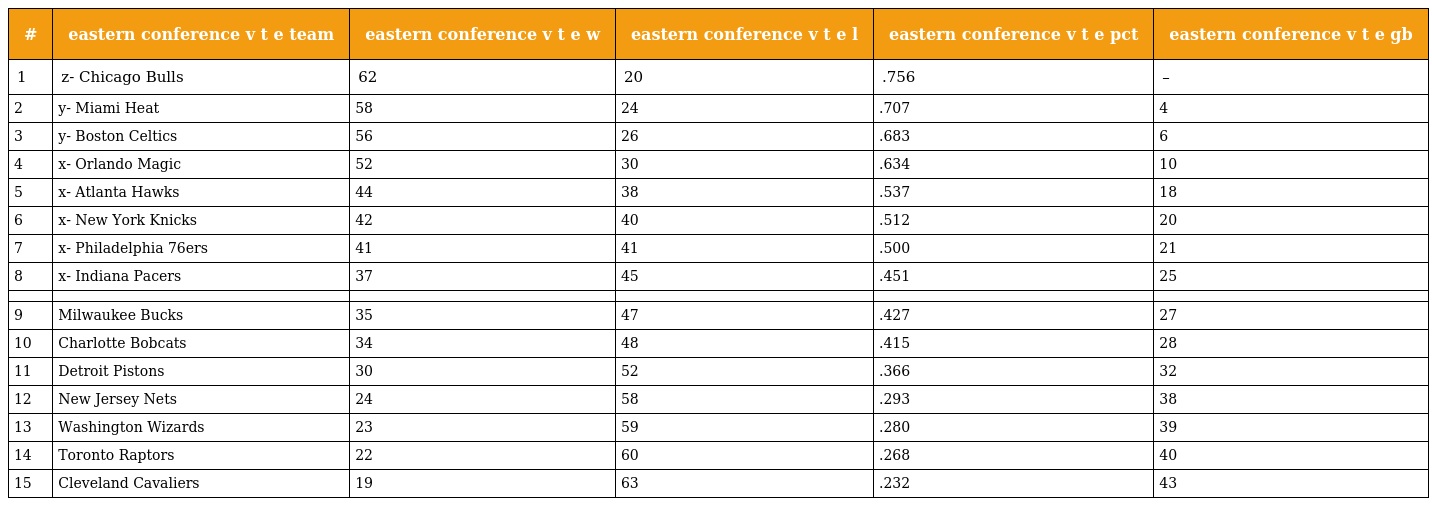
| # | eastern conference v t e team | eastern conference v t e w | eastern conference v t e l | eastern conference v t e pct | eastern conference v t e gb |
 | --- | --- | --- | --- | --- | --- |
 | 1 | z- Chicago Bulls | 62 | 20 | .756 | – |
 | 2 | y- Miami Heat | 58 | 24 | .707 | 4 |
 | 3 | y- Boston Celtics | 56 | 26 | .683 | 6 |
 | 4 | x- Orlando Magic | 52 | 30 | .634 | 10 |
 | 5 | x- Atlanta Hawks | 44 | 38 | .537 | 18 |
 | 6 | x- New York Knicks | 42 | 40 | .512 | 20 |
 | 7 | x- Philadelphia 76ers | 41 | 41 | .500 | 21 |
 | 8 | x- Indiana Pacers | 37 | 45 | .451 | 25 |
 |  |  |  |  |  |  |
 | 9 | Milwaukee Bucks | 35 | 47 | .427 | 27 |
 | 10 | Charlotte Bobcats | 34 | 48 | .415 | 28 |
 | 11 | Detroit Pistons | 30 | 52 | .366 | 32 |
 | 12 | New Jersey Nets | 24 | 58 | .293 | 38 |
 | 13 | Washington Wizards | 23 | 59 | .280 | 39 |
 | 14 | Toronto Raptors | 22 | 60 | .268 | 40 |
 | 15 | Cleveland Cavaliers | 19 | 63 | .232 | 43 |